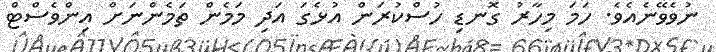
ނުވެވޭނެއެވެ. ހަމަ މިހާރު ގޮނޑި ހުސްކުރަން އުޅެގަ އަދި މަމެން ތަމެންނަށް އިންވެސްޓް